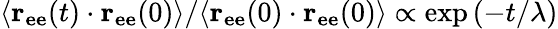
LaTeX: {\langle\mathbf{r_{ee}}(t)\cdot\mathbf{r_{ee}}(0)\rangle}/{\langle\mathbf{r_{ee}}(0)\cdot\mathbf{r_{ee}}(0)\rangle}\propto\exp\left(-t/\lambda\right)